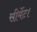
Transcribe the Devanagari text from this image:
सीमेंट।